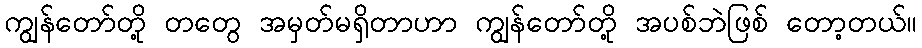
ကျွန်တော်တို့ တတွေ အမှတ်မရှိတာဟာ ကျွန်တော်တို့ အပစ်ဘဲဖြစ် တော့တယ်။